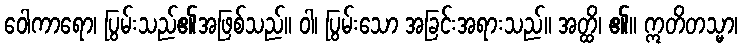
ဝေါကာရော၊ ပြွမ်းသည်၏အဖြစ်သည်။ ဝါ၊ ပြွမ်းသော အခြင်းအရားသည်။ အတ္ထိ၊ ၏။ ဣတိတသ္မာ၊